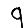
Digit: 9